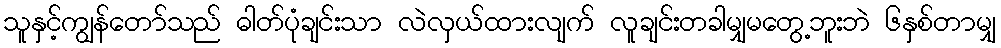
သူနှင့်ကျွန်တော်သည် ဓါတ်ပုံချင်းသာ လဲလှယ်ထားလျက် လူချင်းတခါမျှမတွေ့ဘူးဘဲ ၆နှစ်တာမျှ